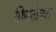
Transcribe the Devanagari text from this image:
क्रिस्तोबल